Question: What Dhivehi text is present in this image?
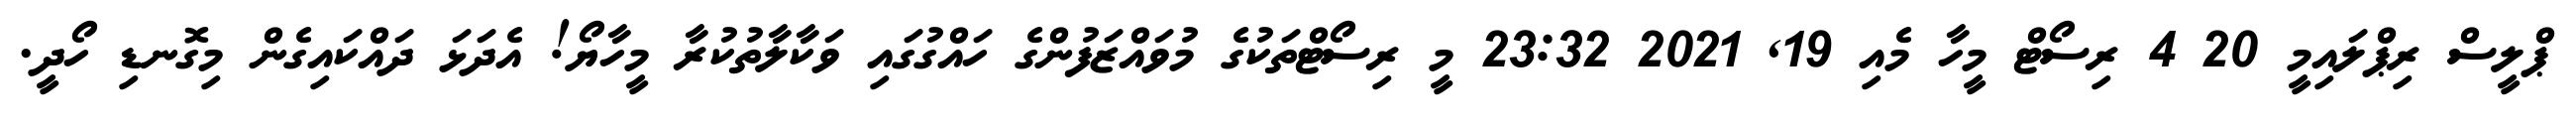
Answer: ޕްލީސް ރިޕްލައިމީ 20 4 ރިސޯޓް މީހާ މެއި 19, 2021 23:32 މީ ރިސޯޓްތަކުގެ މުވައްޒަފުންގެ ހައްގުގައި ވަކާލާތުކުރާ މީހާޔޯ! އެދަޅަ ދައްކައިގެން މިގޮނޑި ހޯދީ.